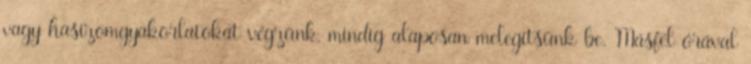
vagy hasizomgyakorlatokat végzünk, mindig alaposan melegítsünk be. Másfél órával